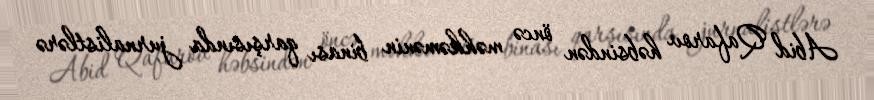
Abid Qafarov həbsindən öncə məhkəmənin binası qarşısında jurnalistlərə